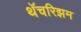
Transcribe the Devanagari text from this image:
थॅचरिझम